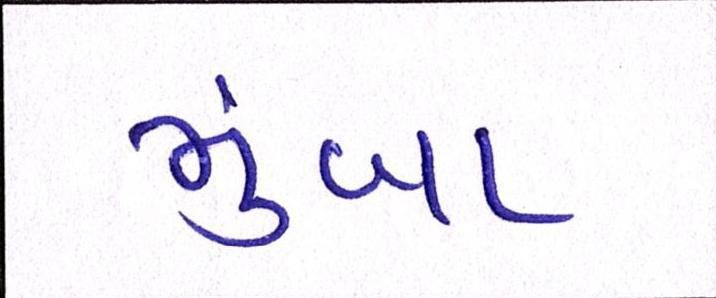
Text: મુંબા